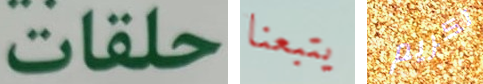
حلقات يتبعنا تكريم